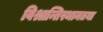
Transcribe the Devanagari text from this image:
विश्रान्तिस्थानतया